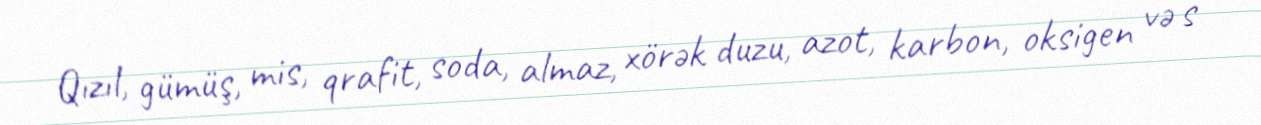
Qızıl, gümüş, mis, qrafit, soda, almaz, xörək duzu, azot, karbon, oksigen və s